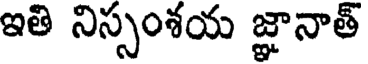
ఇతి నిస్సంశయ జ్ఞానాత్